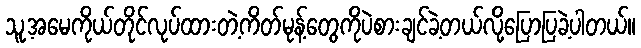
သူ့အမေကိုယ်တိုင်လုပ်ထားတဲ့ကိတ်မုန့်တွေကိုပဲစားချင်ခဲ့တယ်လို့ပြောပြခဲ့ပါတယ်။